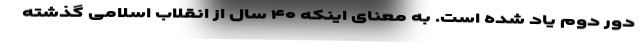
دور دوم یاد شده است. به معنای اینکه ۴۰ سال از انقلاب اسلامی گذشته